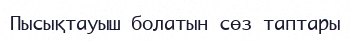
Пысықтауыш болатын сөз таптары